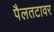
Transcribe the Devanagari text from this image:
पैलतटावर